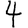
Digit: 4